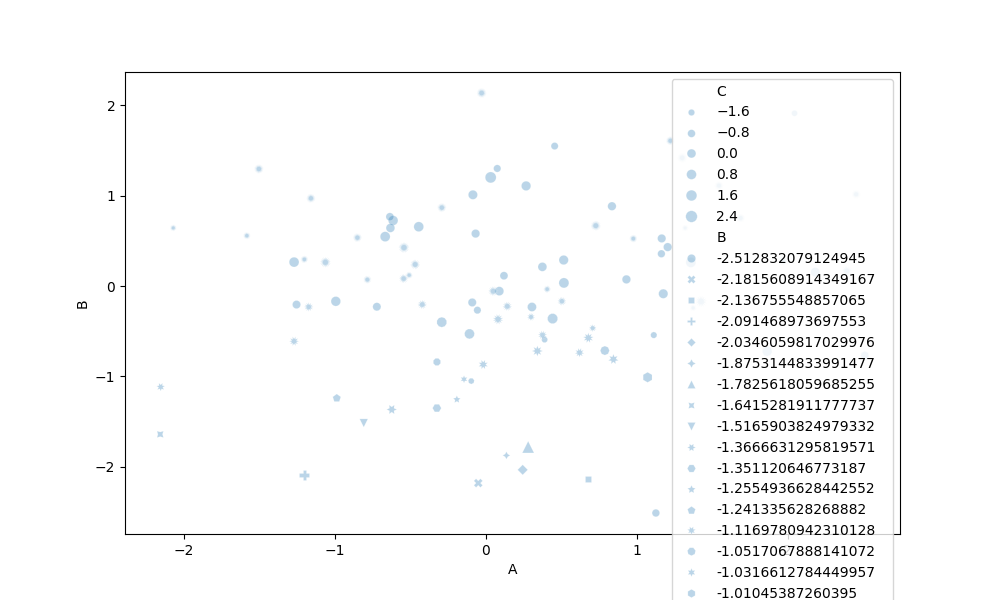
python, seaborn, scatterplot, hue='None', style='B', size='C', palette='deep', alpha=0.3